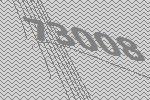
73008